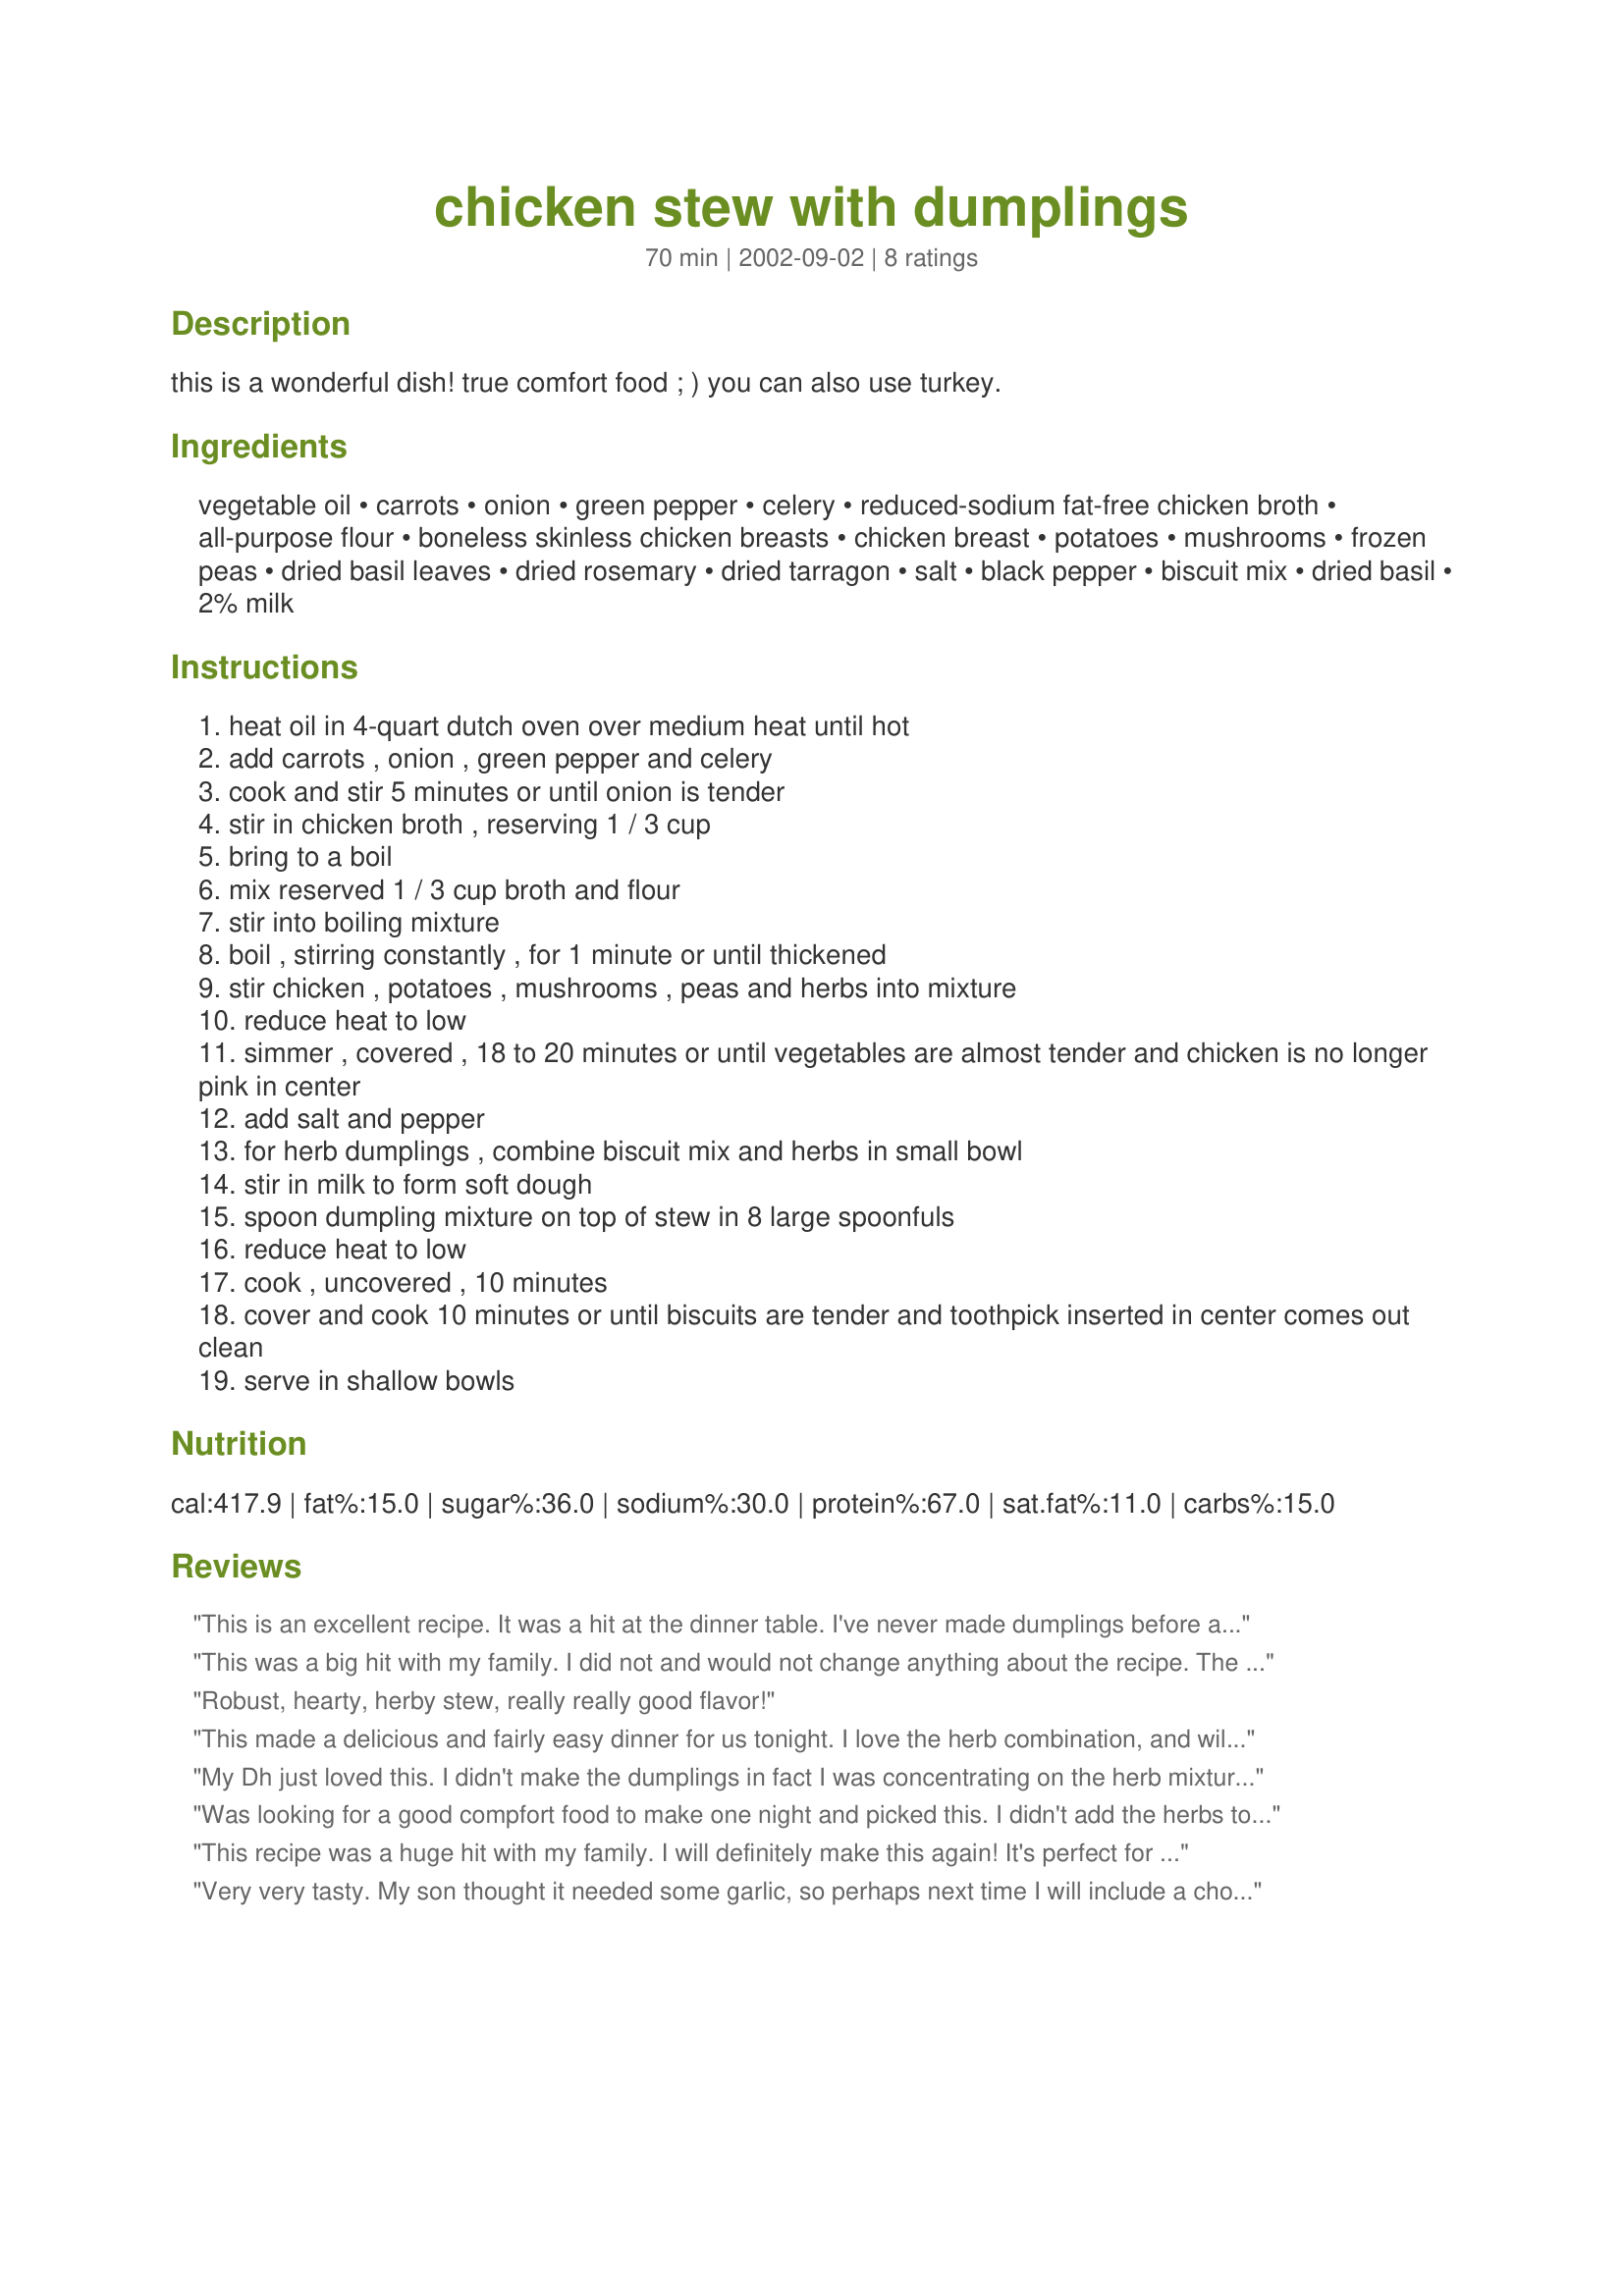
chicken stew with dumplings
Preparation time: 70 minutes

this is a wonderful dish! true comfort food ; ) you can also use turkey.

Ingredients:
vegetable oil, carrots, onion, green pepper, celery, reduced-sodium fat-free chicken broth, all-purpose flour, boneless skinless chicken breasts, chicken breast, potatoes, mushrooms, frozen peas, dried basil leaves, dried rosemary, dried tarragon, salt, black pepper, biscuit mix, dried basil, 2% milk

Steps:
heat oil in 4-quart dutch oven over medium heat until hot
add carrots , onion , green pepper and celery
cook and stir 5 minutes or until onion is tender
stir in chicken broth , reserving 1 / 3 cup
bring to a boil
mix reserved 1 / 3 cup broth and flour
stir into boiling mixture
boil , stirring constantly , for 1 minute or until thickened
stir chicken , potatoes , mushrooms , peas and herbs into mixture
reduce heat to low
simmer , covered , 18 to 20 minutes or until vegetables are almost tender and chicken is no longer pink in center
add salt and pepper
for herb dumplings , combine biscuit mix and herbs in small bowl
stir in milk to form soft dough
spoon dumpling mixture on top of stew in 8 large spoonfuls
reduce heat to low
cook , uncovered , 10 minutes
cover and cook 10 minutes or until biscuits are tender and toothpick inserted in center comes out clean
serve in shallow bowls

Reviews:
This is an excellent recipe. It was a hit at the dinner table. I've never made dumplings before and found the recipe very easy to follow. Will definetly make this again. Great for those cold winter days.
This was a big hit with my family. I did not and would not change anything about the recipe. The stew had a robust flavor, chunky consistancy and those soft dumplings make it very filling. This was a great hearty meal and perfect for all this cold weather we have been having. Thanks for the recipe.
Robust, hearty, herby stew, really really good flavor!
This made a delicious and fairly easy dinner for us tonight. I love the herb combination, and will definitely use it again with poultry. Used a biscuit mix clone recipe for the dumplings and they turned out perfect! Thank you very much for sharing this recipe.
My Dh just loved this. I didn't make the dumplings in fact I was concentrating on the herb mixture which was a big hit. I made a few changes with the veggies but nothing substantial. We will be making this again. I did need to cook the potatoes longer as they just were not done in the time stated.
Was looking for a good compfort food to make one night and picked this. I didn't add the herbs to the dumplings, for our taste. Overall it was very good, I especially liked the sauce, Will make this again in the future.
This recipe was a huge hit with my family. I will definitely make this again! It's perfect for a chilly winter eveing. Thanks for the great recipe!
Very very tasty. My son thought it needed some garlic, so perhaps next time I will include a chopped clove with the onions and carrots.
